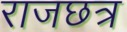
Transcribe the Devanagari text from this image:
राजछत्र